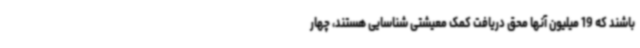
باشند که 19 میلیون آنها محق دریافت کمک معیشتی شناسایی هستند، چهار